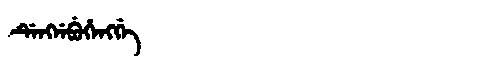
Manchu: ᡩᡝᠩᠨᡝᠪᡠᡥᡝᠩᡤᡝ
Romanization: DENGNEBUHENGGE